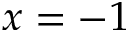
x = - 1